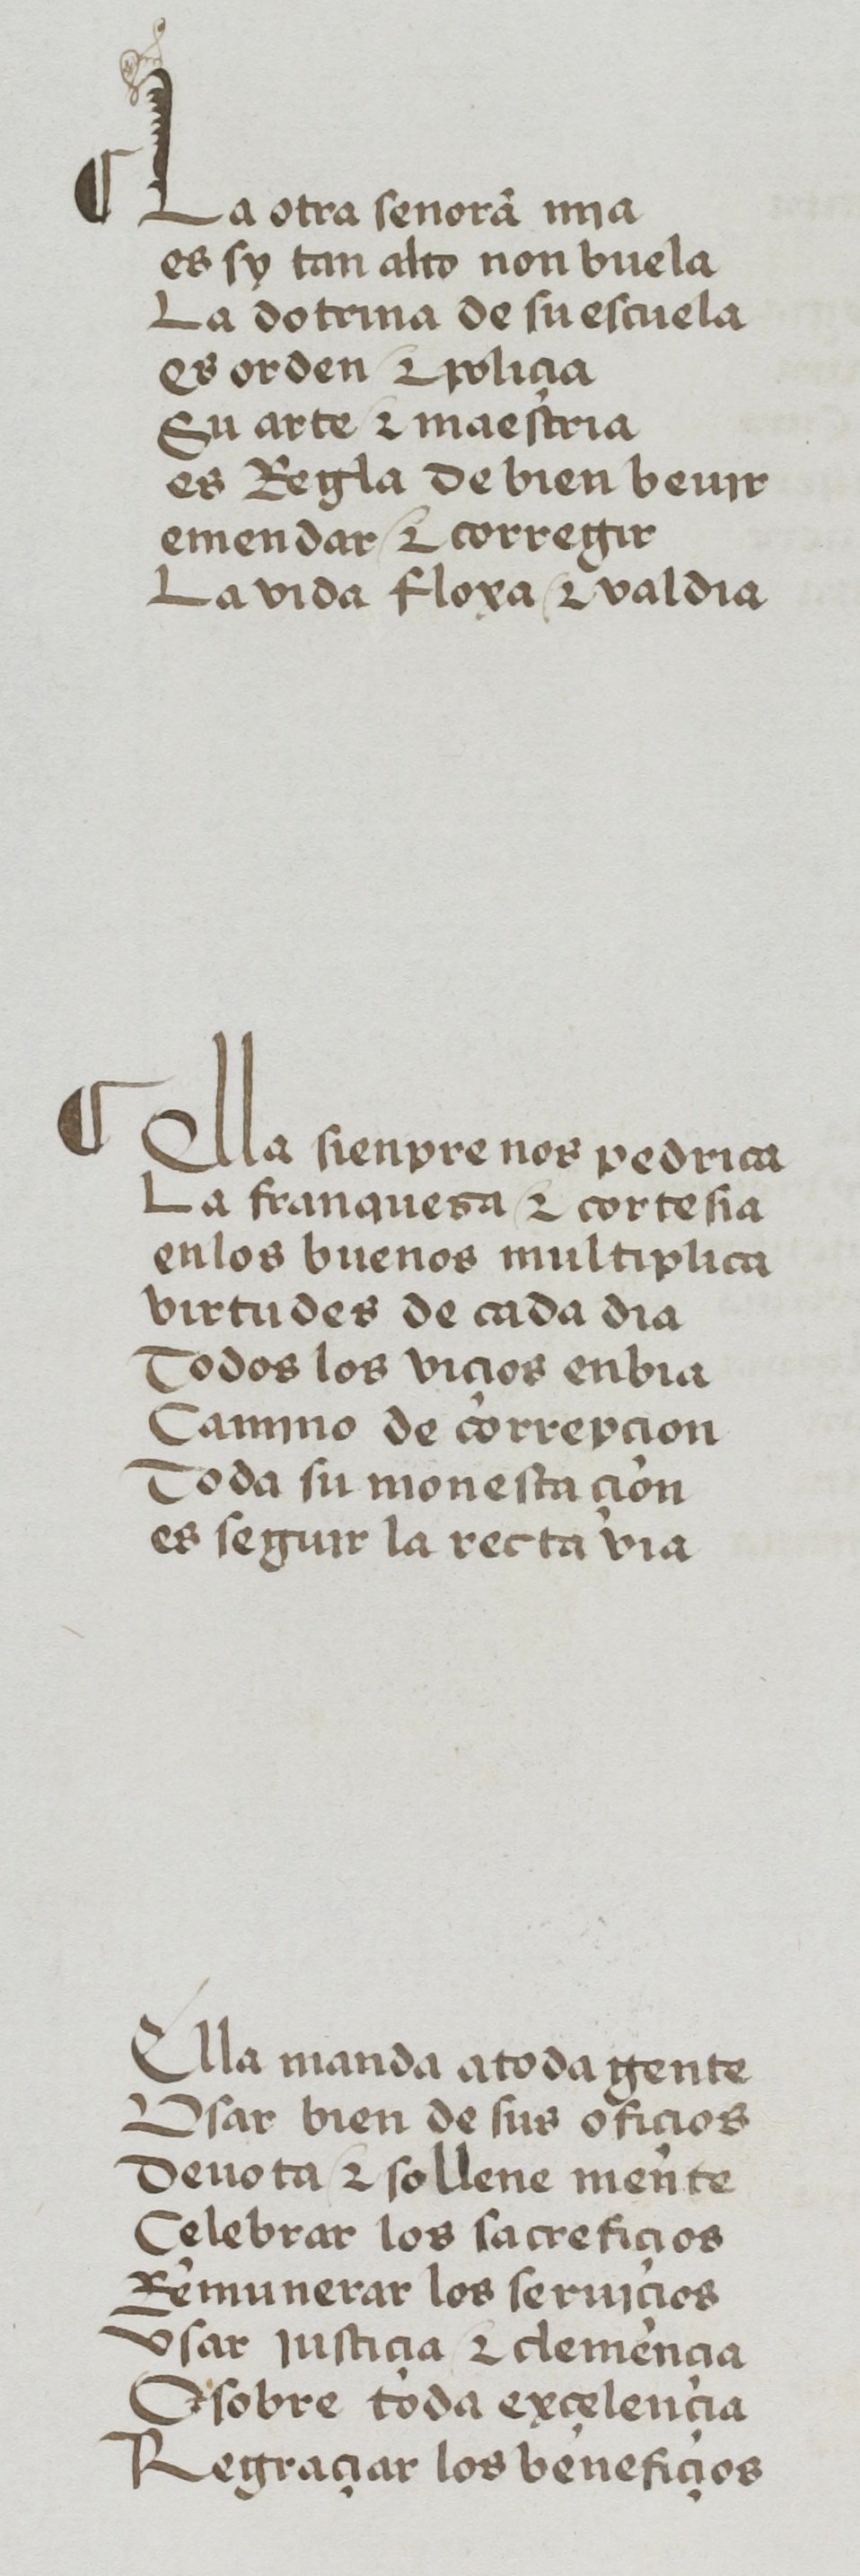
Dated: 1455–1485